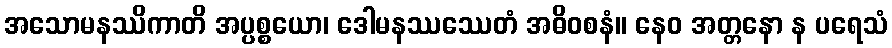
အသောမနဿိကာတိ အပ္ပစ္စယော၊ ဒေါမနဿဿေတံ အဓိဝစနံ။ နေဝ အတ္တနော န ပရေသံ